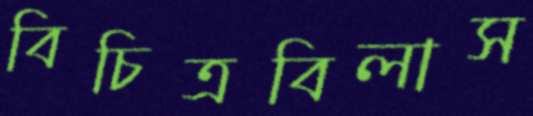
বিচিত্রবিলাস